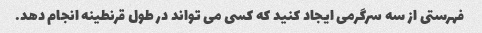
فهرستی از سه سرگرمی ایجاد کنید که کسی می تواند در طول قرنطینه انجام دهد.